Sanitation, dispensaries and jails vaccination Rajputana 1922-1927 - 1922-1927
Year: 1922
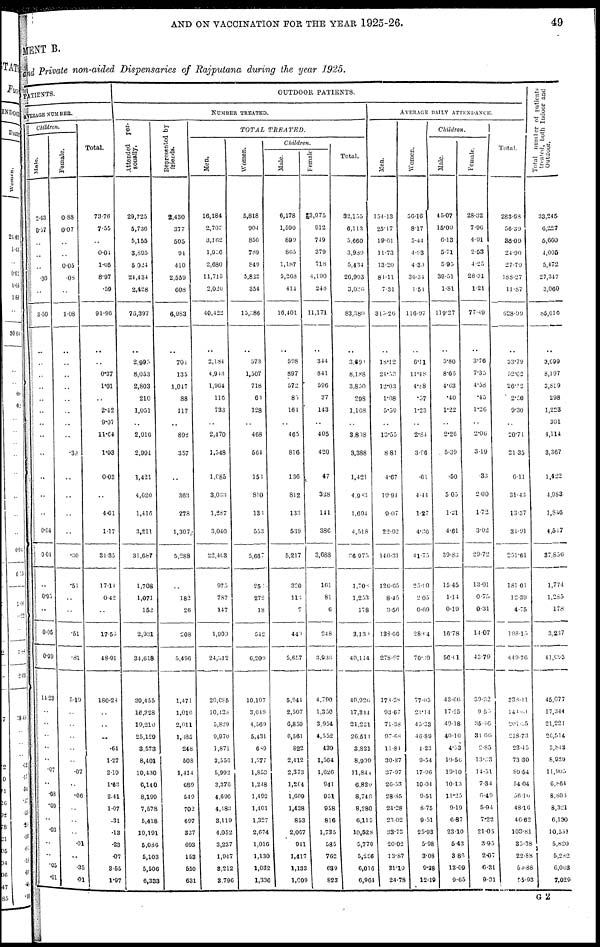
AND ON VACCINATION FOR THE YEAR 1925-26.
49
MENT B.
and Private non-aided Dispensaries of Rajputana during the year 1925.
PATIENTS.
AVERAGE NUMBER.
Children.
Male.
2.63
0.57
..
..
..
.30
..
3.50
..
..
..
..
..
..
..
..
..
..
..
0.04
0.04
..
0.05
..
0.05
0.09
14.23
..
..
..
..
..
.07
..
.08
.09
..
..
..
..
.05
.01
Female.
0.88
0.07
..
..
0.05
.08
..
1.08
..
..
..
..
..
..
..
.30
..
..
..
..
.30
.51
..
..
.51
.81
5.19
..
..
..
..
..
.07
..
.06
..
..
..
.01
..
.35
.01
Total.
73.76
7.55
..
0.01
1.05
8.97
.59
91.96
..
0.37
1.01
..
2.42
9.07
11.64
1.03
0.03
..
4.61
1.17
31.35
17.14
0.42
..
17.50
48.91
180.23
..
..
..
.64
1.27
2.19
1.63
2.41
1.07
.31
.13
.23
.07
3.55
1.97
OUTDOOR PATIENTS.
NUMBER TREATED.
Attended per-
sonally.
29,725
5,736
5,155
3,895
5.024
24,434
2,428
73,397
2,995
8,053
2,803
210
1,051
..
2,916
2,991
1,421
4,620
1,416
3,211
31,687
1,708
1,071
152
2,931
34,618
39,455
16,328
19,210
25,129
3,573
8,401
10,430
6,140
8,199
7,578
5,418
10,191
5,036
5,103
5,506
6,333
Represented by
friends.
2,430
377
505
94
410
2,539
608
6,983
701
135
1,047
88
117
..
892
357
..
363
278
1,307
5,288
..
182
26
208
5,496
1,471
1,016
2,011
1,385
248
508
1,414
689
549
702
697
337
693
153
510
631
TOTAL
TREATED
Men.
16,184
2,707
3,162
1,956
2,680
11,713
2,020
40,422
2,184
4,943
1,964
116
733
..
2,470
1,548
1,085
3,033
1,287
3,040
22,403
975
787
147
1,909
24,512
20,085
10,438
5,830
9,970
1,871
3,556
5,992
3,376
4,696
4,483
3,119
4,052
3,237
1,947
3,212
3,796
Women.
5,818
904
850
789
849
5,822
354
15,286
573
1,507
718
60
128
..
468
564
153
810
133
553
5,667
251
272
18
542
6,209
10,107
3,040
4,569
5,431
689
1,577
1,853
1,248
1,492
1,401
1,327
2,074
1,010
1,130
1,032
1,330
Children.
Male.
6,178
1,590
899
865
1,187
5,268
414
16,401
598
897
572
85
164
..
465
816
136
812
133
539
5,217
320
116
7
440
5,657
5,941
2,507
0,859
6,581
822
2,412
2,373
1,204
1,609
1,438
853
2,067
941
1,417
1,133
1,009
Female.
3,975
912
749
379
718
4,190
248
11,171
344
841
596
37
143
..
405
420
47
328
141
386
3,688
161
81
6
2.48
3,936
4,790
1,350
3,954
4,552
439
1,564
1,626
941
951
958
816
1,735
585
762
689
823
Total.
32,155
6,113
5,660
3,939
5,434
20,993
3,086
83,380
3,691
8,188
3,850
298
1,168
..
3,808
3,388
1,421
4.983
1,694
4,518
26,975
1,703
1,253
178
3,130
40,114
40,926
17,344
21,221
26,514
3,821
8,999
11,844
6,829
8,748
8,280
6,115
10,528
5,779
5,256
6,016
6,964
AVERAGE DAILY ATTENDANCE
Men.
154.13
25.17
19.01
11.73
13.20
84.11
7.31
315.26
18.12
24.53
12.03
1.08
5.59
..
13.55
8.81
4.67
19.94
9.07
22.92
140.31
126.65
8.45
3.56
138.00
278.97
178.38
93.67
71.38
97.68
11.84
30.87
37.97
26.53
28.85
24.28
23.02
3373
20.02
13.87
31.10
24.78
Women.
56.16
8.17
5.44
4.93
4.30
30.34
1.54
116.97
6.11
11.48
4.88
.57
1.23
..
2.84
3.96
.61
4.4 1
1.27
4.36
41.75
25.90
2.05
0.69
28.04
70.39
77.05
24.14
45.33
40.89
4.23
9.54
17.90
10.04
9.51
8.75
9.51
25.93
5.98
3.08
9.38
12.19
Children
Male.
45.07
15.09
6.13
5.71
5.95
39.51
1.81
119.27
5.80
8.65
4.03
.40
1.22
..
2.26
5.39
.50
5.05
1.31
4.61
39.83
15.45
1.14
0.19
16.78
56.01
43.66
17.25
49.18
40.10
4.53
19.56
19.10
10.13
11.25
9.19
6.87
23.10
5.43
3.86
13.09
9.65
Female.
28.32
7.96
4.91
2.53
4.25
28.31
1.21
77.49
3.76
7.35
4.58
.45
1.26
..
2.06
3.19
.33
2.00
1.72
3.02
29.72
13.01
0.75
0.31
14.07
43.79
39.32
9.55
35.46
31.06
2.85
13.33
14.51
7.34
6.49
5.94
7.22
21.05
3.95
2.07
6.31
9.31
Total.
283.68
56.39
38.09
24.90
27.79
188.27
11.87
628.99
33.79
52.02
26.12
2.50
9.30
..
20.71
21.35
6.11
31.43
13.37
34.91
251.61
181.01
12.39
4.75
198.15
449.76
338.41
141.61
201.55
218.73
23.45
73.30
89.54
54.04
56.10
48.10
46.62
103.81
35.38
22.88
59.88
55.93
Total number of patients
treated, both Indoor and
Outdoor.
33,245
6,227
5,600
4,005
5,472
27,347
3,060
85,016
3,699
8,197
3,859
298
1,223
301
4,114
3,367
1,422
4,983
1,846
4,517
37,856
1,774
1,285
178
3,217
41,053.
45,077
17,344
21,221
26,514
3,843
8,989
11,905
6,864
8,805
8,321
6,130
10,551
5,820
5,282
6,063
7,029
G 2